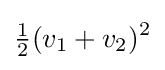
{\tfrac {1}{2}}(v_{1}+v_{2})^{2}